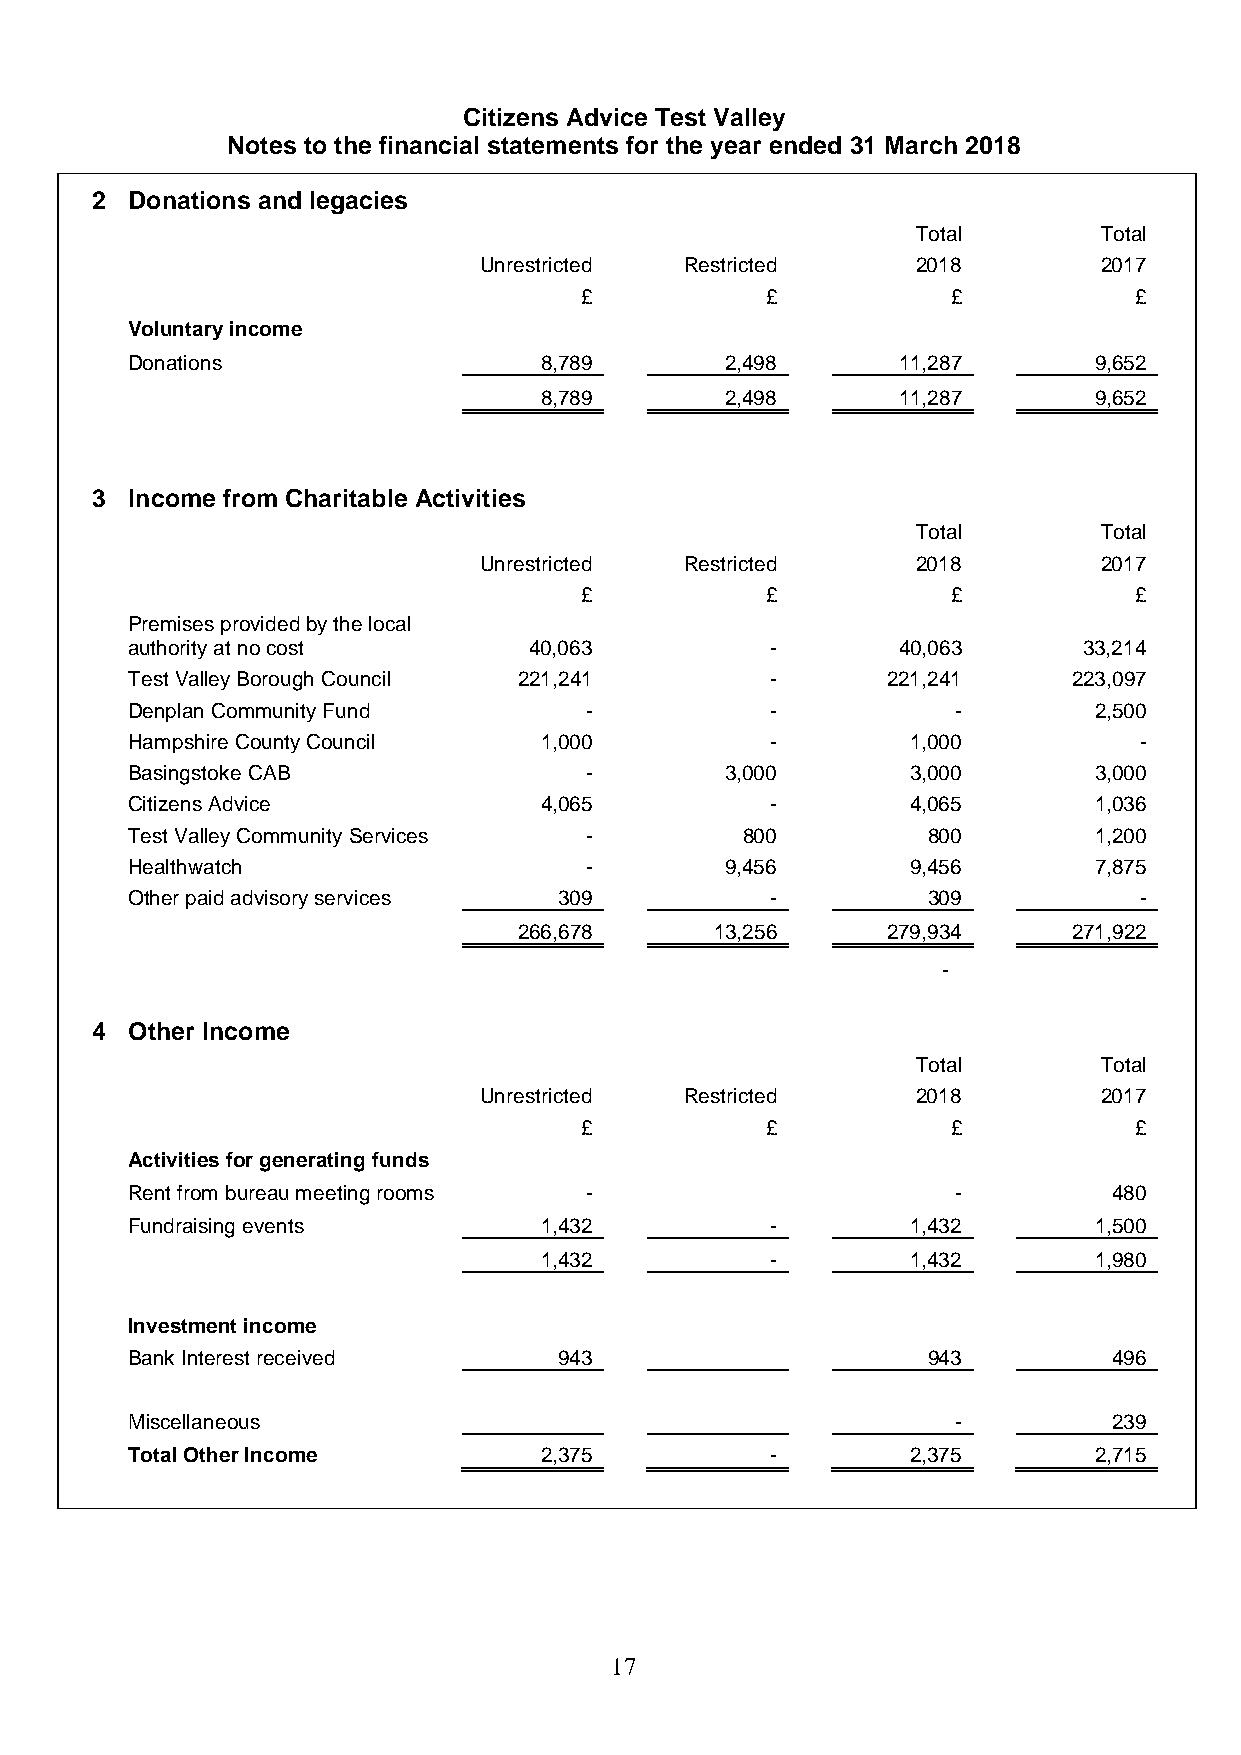
Citizens Advice Test Valley
 Notes to the financial statements for the year ended 31 March 2018
 2 Donations and legacies
 Total       Total
 Unrestricted Restricted      2018        2017
 £            £           £           £
 Voluntary income
 Donations                   8,789       2,498      11,287       9,652
 8,789       2,498      11,287       9,652
 3 Income from Charitable Activities
 Total       Total
 Unrestricted Restricted      2018        2017
 £            £           £           £
 Premises provided by the local
 authority at no cost       40,063          -       40,063       33,214
 Test Valley Borough Council 221,241        -       221,241     223,097
 Denplan Community Fund         -           -           -        2,500
 Hampshire County Council    1,000          -        1,000          -
 Basingstoke CAB                -        3,000       3,000       3,000
 Citizens Advice             4,065          -        4,065       1,036
 Test Valley Community Services -         800         800        1,200
 Healthwatch                    -        9,456       9,456       7,875
 Other paid advisory services 309           -         309           -
 266,678      13,256      279,934     271,922
 -
 4 Other Income
 Total       Total
 Unrestricted Restricted      2018        2017
 £            £           £           £
 Activities for generating funds
 Rent from bureau meeting rooms -                       -          480
 Fundraising events          1,432          -        1,432       1,500
 1,432          -        1,432       1,980
 Investment income
 Bank Interest received       943                     943          496
 Miscellaneous                                          -          239
 Total Other Income          2,375          -        2,375       2,715
 17